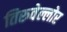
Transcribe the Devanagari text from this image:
तिरुवेल्लोर